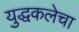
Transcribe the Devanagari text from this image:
युद्धकलेचा